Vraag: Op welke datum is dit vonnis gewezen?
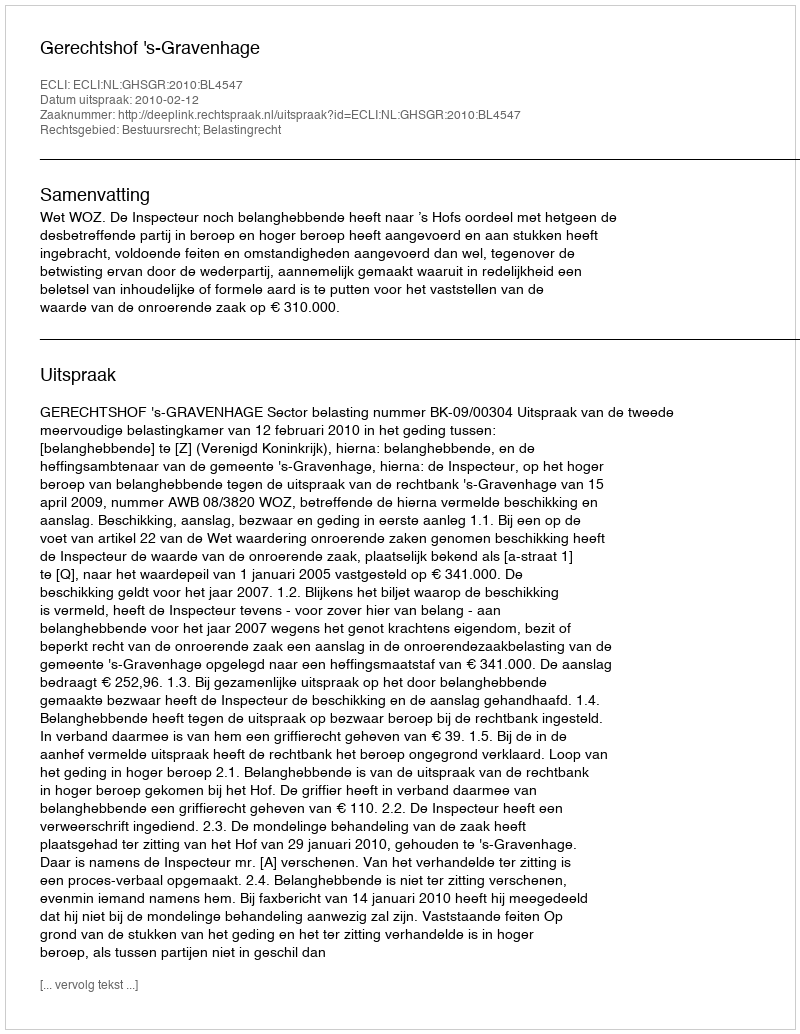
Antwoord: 2010-02-12